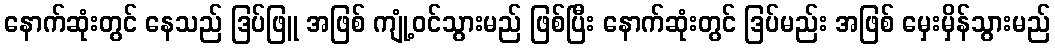
နောက်ဆုံးတွင် နေသည် ဒြပ်ဖြူ အဖြစ် ကျုံ့ဝင်သွားမည် ဖြစ်ပြီး နောက်ဆုံးတွင် ဒြပ်မည်း အဖြစ် မှေးမှိန်သွားမည်